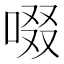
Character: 啜